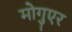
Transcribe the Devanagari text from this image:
मोगुएर